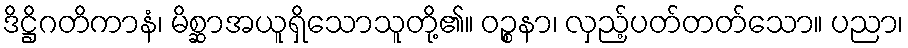
ဒိဋ္ဌိဂတိကာနံ၊ မိစ္ဆာအယူရှိသောသူတို့၏။ ဝဉ္စနာ၊ လှည့်ပတ်တတ်သော။ ပညာ၊